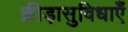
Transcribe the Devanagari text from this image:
क्रीड़ासुविधाएँ